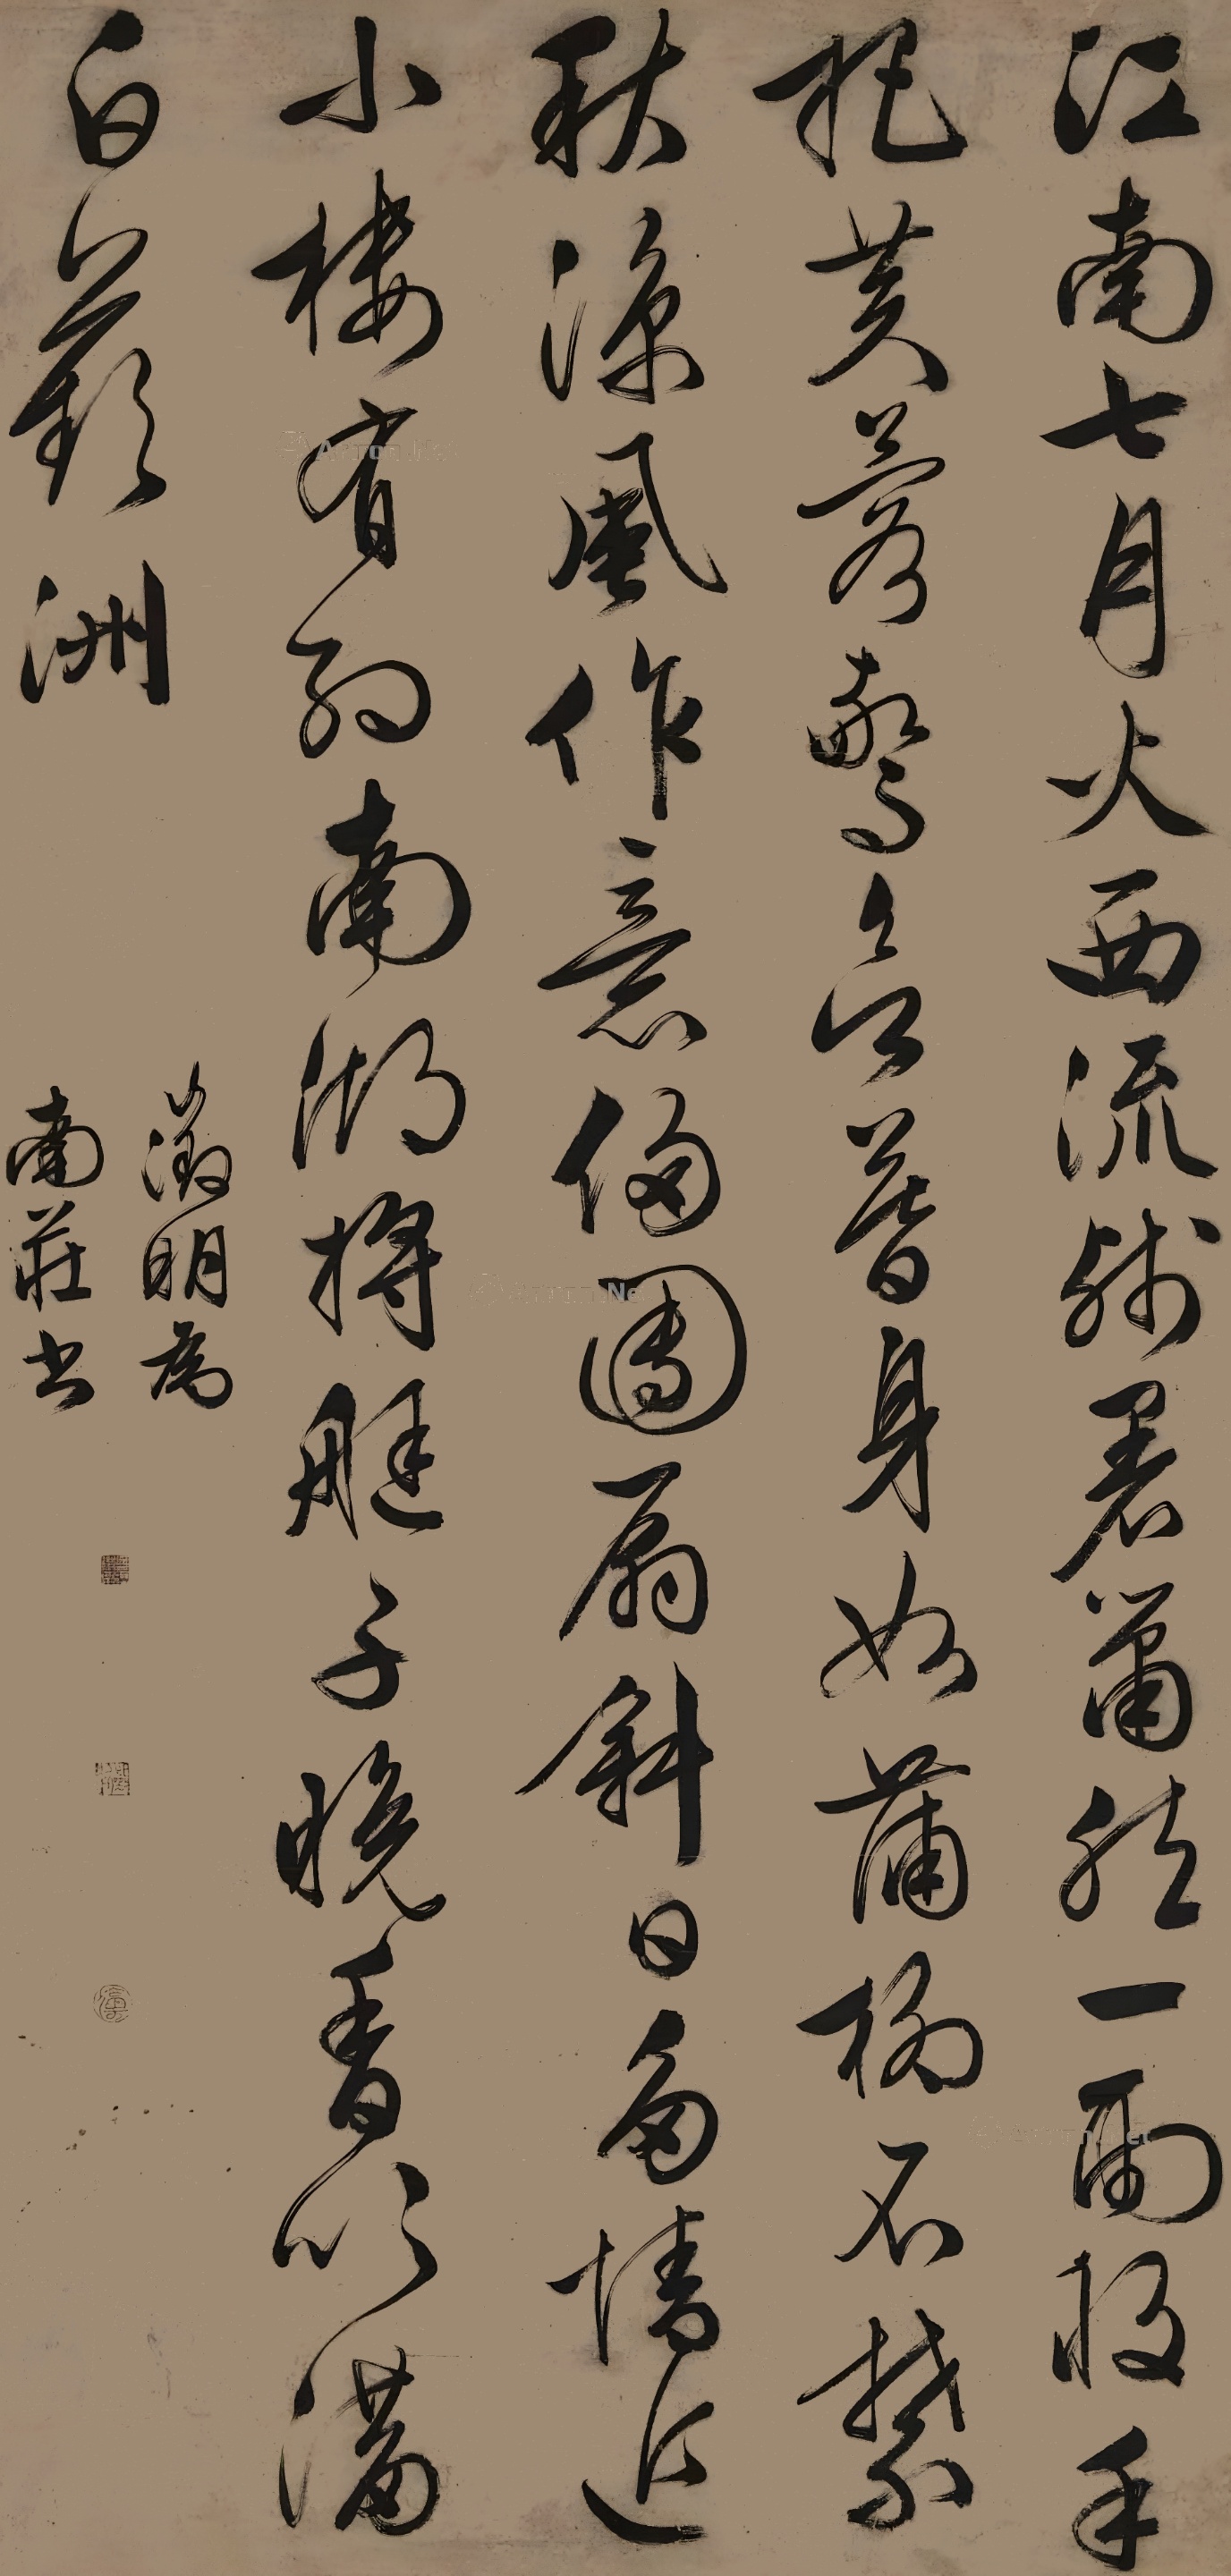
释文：江南七月火西流，残暑萧然一雨收。手把芙蓉惊欲暮，身如蒲柳不禁秋。凉风作意侵团扇，斜日多情近小楼。有约南湖将艇子，晚香吹满白苹洲。征明为南庄书。